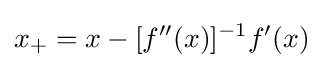
x_{+}=x-[f''(x)]^{-1}f'(x)